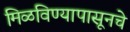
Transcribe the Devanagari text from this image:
मिळविण्यापासूनचे